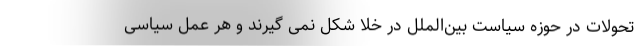
تحولات در حوزه سیاست بین‌الملل در خلا شکل نمی گیرند و هر عمل سیاسی